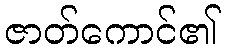
ဇာတ်ကောင်၏